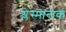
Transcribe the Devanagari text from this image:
श्लेस्मान्तक